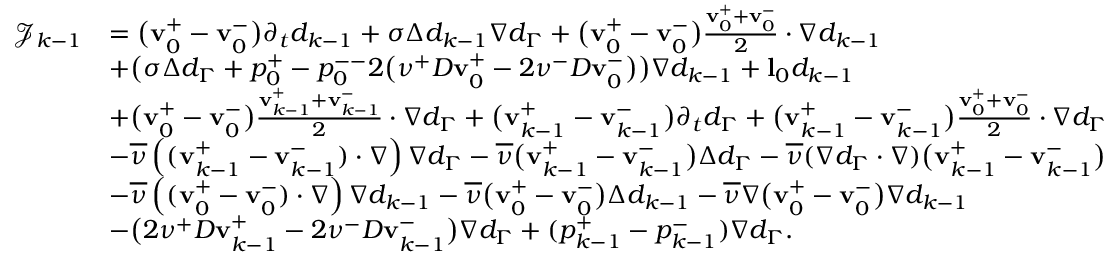
\begin{array} { r l } { \mathcal { J } _ { k - 1 } } & { = \big ( \mathbf { v } _ { 0 } ^ { + } - \mathbf { v } _ { 0 } ^ { - } \big ) \partial _ { t } d _ { k - 1 } + \sigma \Delta d _ { k - 1 } \nabla d _ { \Gamma } + \big ( \mathbf { v } _ { 0 } ^ { + } - \mathbf { v } _ { 0 } ^ { - } \big ) \frac { \mathbf { v } _ { 0 } ^ { + } + \mathbf { v } _ { 0 } ^ { - } } { 2 } \cdot \nabla d _ { k - 1 } } \\ & { + \big ( \sigma \Delta d _ { \Gamma } + p _ { 0 } ^ { + } - p _ { 0 } ^ { -- } 2 \big ( \nu ^ { + } D \mathbf { v } _ { 0 } ^ { + } - 2 \nu ^ { - } D \mathbf { v } _ { 0 } ^ { - } \big ) \big ) \nabla d _ { k - 1 } + \mathbf { l } _ { 0 } d _ { k - 1 } } \\ & { + \big ( \mathbf { v } _ { 0 } ^ { + } - \mathbf { v } _ { 0 } ^ { - } \big ) \frac { \mathbf { v } _ { k - 1 } ^ { + } + \mathbf { v } _ { k - 1 } ^ { - } } { 2 } \cdot \nabla d _ { \Gamma } + \big ( \mathbf { v } _ { k - 1 } ^ { + } - \mathbf { v } _ { k - 1 } ^ { - } \big ) \partial _ { t } d _ { \Gamma } + \big ( \mathbf { v } _ { k - 1 } ^ { + } - \mathbf { v } _ { k - 1 } ^ { - } \big ) \frac { \mathbf { v } _ { 0 } ^ { + } + \mathbf { v } _ { 0 } ^ { - } } { 2 } \cdot \nabla d _ { \Gamma } } \\ & { - \overline { { \nu } } \left( ( \mathbf { v } _ { k - 1 } ^ { + } - \mathbf { v } _ { k - 1 } ^ { - } ) \cdot \nabla \right) \nabla d _ { \Gamma } - \overline { { \nu } } \big ( \mathbf { v } _ { k - 1 } ^ { + } - \mathbf { v } _ { k - 1 } ^ { - } \big ) \Delta d _ { \Gamma } - \overline { { \nu } } ( \nabla d _ { \Gamma } \cdot \nabla ) \big ( \mathbf { v } _ { k - 1 } ^ { + } - \mathbf { v } _ { k - 1 } ^ { - } \big ) } \\ & { { - \overline { { \nu } } \left( ( \mathbf { v } _ { 0 } ^ { + } - \mathbf { v } _ { 0 } ^ { - } ) \cdot \nabla \right) \nabla d _ { k - 1 } - \overline { { \nu } } \big ( \mathbf { v } _ { 0 } ^ { + } - \mathbf { v } _ { 0 } ^ { - } \big ) \Delta d _ { k - 1 } - \overline { { \nu } } \nabla \big ( \mathbf { v } _ { 0 } ^ { + } - \mathbf { v } _ { 0 } ^ { - } \big ) \nabla d _ { k - 1 } } } \\ & { - \big ( 2 \nu ^ { + } D \mathbf { v } _ { k - 1 } ^ { + } - 2 \nu ^ { - } D \mathbf { v } _ { k - 1 } ^ { - } \big ) \nabla d _ { \Gamma } + ( p _ { k - 1 } ^ { + } - p _ { k - 1 } ^ { - } ) \nabla d _ { \Gamma } . } \end{array}